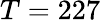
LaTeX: T=227